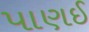
પાણઈ